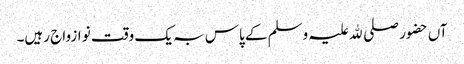
آں حضور صلی ﷲ علیہ وسلم کے پاس بہ یک وقت نو ازواج رہیں۔